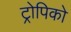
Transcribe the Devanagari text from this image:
ट्रोपिको